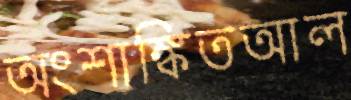
অংশাঙ্কিতআল